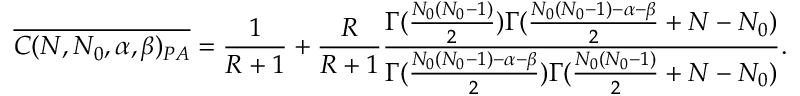
\overline { { C ( N , N _ { 0 } , \alpha , \beta ) _ { P A } } } = \frac { 1 } { R + 1 } + \frac { R } { R + 1 } \frac { \Gamma ( \frac { N _ { 0 } ( N _ { 0 } - 1 ) } { 2 } ) \Gamma ( \frac { N _ { 0 } ( N _ { 0 } - 1 ) - \alpha - \beta } { 2 } + N - N _ { 0 } ) } { \Gamma ( \frac { N _ { 0 } ( N _ { 0 } - 1 ) - \alpha - \beta } { 2 } ) \Gamma ( \frac { N _ { 0 } ( N _ { 0 } - 1 ) } { 2 } + N - N _ { 0 } ) } .